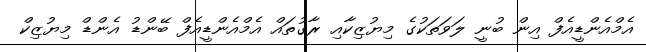
އެމްއެންޑީއެފް އިން ބުނީ ލަވަތަކުގެ މިޔުޒިކާއި ރާގުތައް އެމްއެންޑީއެފް ބޭންޑު އެންޑް މިޔުޒިކް